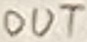
Text: OUT